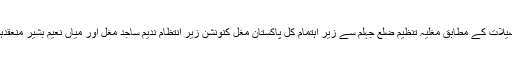
تفصیلات کے مطابق مغلیہ تنظیم ضلع جہلم سے زیر اہتمام کل پاکستان مغل کنونشن زیر انتظام ندیم ساجد مغل اور میاں نعیم بشیر منعقدہوا ۔